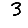
Digit: 3